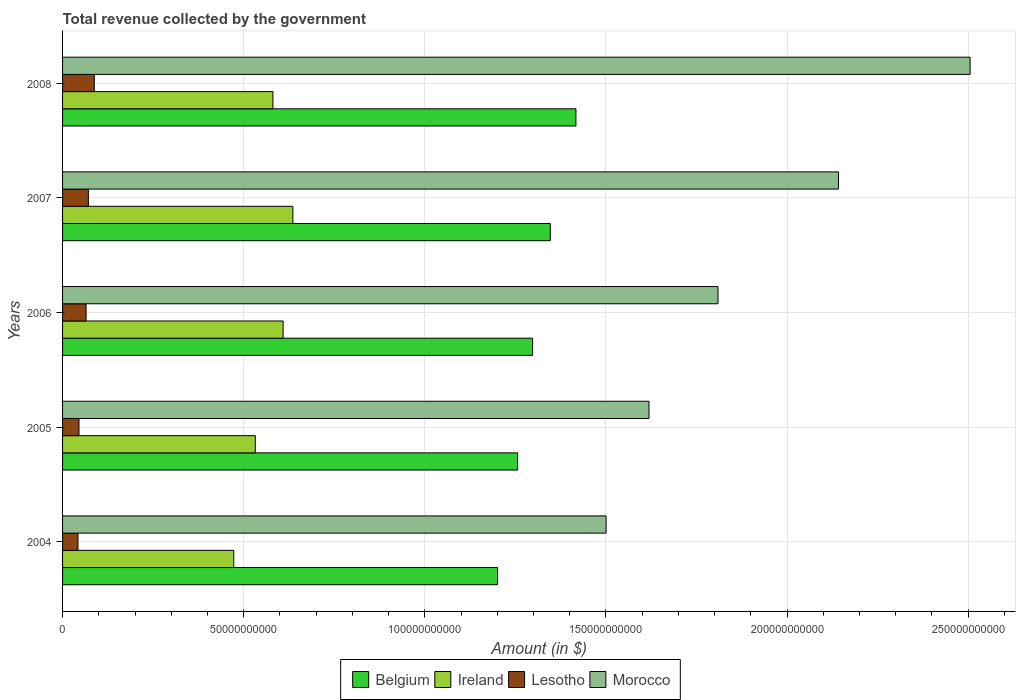
| Years | Belgium | Ireland | Lesotho | Morocco |
 | --- | --- | --- | --- | --- |
 | 2004 | 1.2e+11 | 4.73e+10 | 4.25e+09 | 1.5e+11 |
 | 2005 | 1.26e+11 | 5.32e+10 | 4.53e+09 | 1.62e+11 |
 | 2006 | 1.3e+11 | 6.09e+10 | 6.49e+09 | 1.81e+11 |
 | 2007 | 1.35e+11 | 6.36e+10 | 7.13e+09 | 2.14e+11 |
 | 2008 | 1.42e+11 | 5.81e+10 | 8.76e+09 | 2.51e+11 |